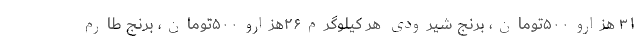
۳۱ هزارو۵۰۰تومان، برنج شیرودی هر کیلوگرم۲۶هزارو۵۰۰تومان، برنج طارم